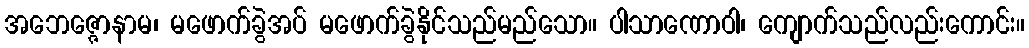
အဘေဇ္ဇောနာမ၊ မဖောက်ခွဲအပ် မဖောက်ခွဲနိုင်သည်မည်သော။ ပါသာဏောဝါ၊ ကျောက်သည်လည်းကောင်း။